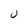
Character: U